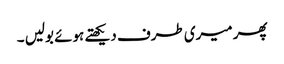
پھر میری طرف دیکھتے ہوئے بولیں ۔